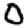
Digit: 0